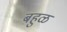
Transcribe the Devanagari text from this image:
बहुळ